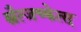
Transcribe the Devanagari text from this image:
स्त्रैत्जच्केत्स्